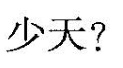
少天?